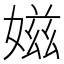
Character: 𡞰